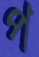
প